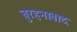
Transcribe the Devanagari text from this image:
बुरहनाबाद